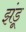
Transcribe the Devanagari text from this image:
झंडू